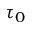
\tau _ { 0 }